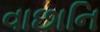
વાછાનિ